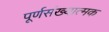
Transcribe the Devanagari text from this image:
पूर्णसंख्यात्मक